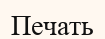
Печать